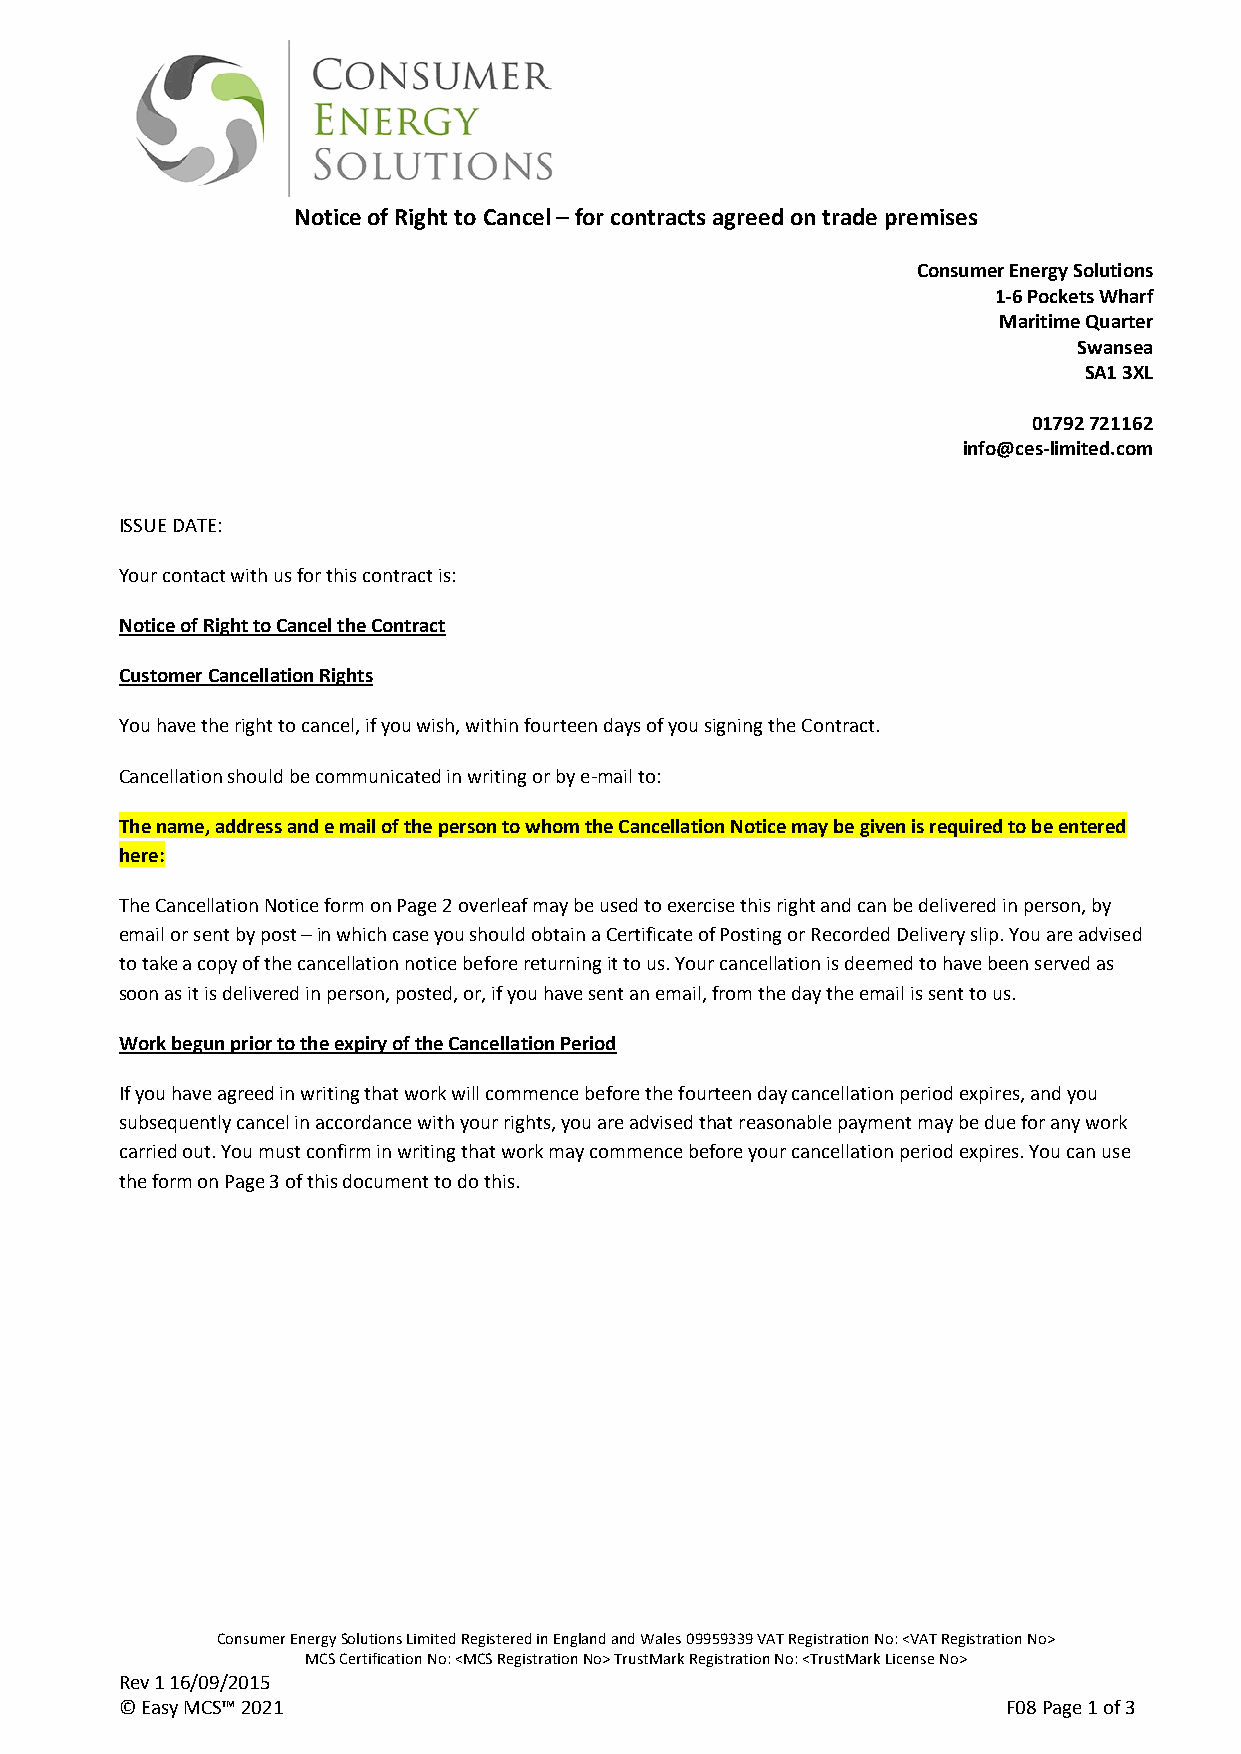
Notice of Right to Cancel – for contracts agreed on trade premises
 Consumer Energy Solutions
 1-6 Pockets Wharf
 Maritime Quarter
 Swansea
 SA1 3XL
 01792 721162
 info@ces-limited.com
 ISSUE DATE:
 Your contact with us for this contract is:
 Notice of Right to Cancel the Contract
 Customer Cancellation Rights
 You have the right to cancel, if you wish, within fourteen days of you signing the Contract.
 Cancellation should be communicated in writing or by e-mail to:
 The name, address and e mail of the person to whom the Cancellation Notice may be given is required to be entered
 here:
 The Cancellation Notice form on Page 2 overleaf may be used to exercise this right and can be delivered in person, by
 email or sent by post – in which case you should obtain a Certificate of Posting or Recorded Delivery slip. You are advised
 to take a copy of the cancellation notice before returning it to us. Your cancellation is deemed to have been served as
 soon as it is delivered in person, posted, or, if you have sent an email, from the day the email is sent to us.
 Work begun prior to the expiry of the Cancellation Period
 If you have agreed in writing that work will commence before the fourteen day cancellation period expires, and you
 subsequently cancel in accordance with your rights, you are advised that reasonable payment may be due for any work
 carried out. You must confirm in writing that work may commence before your cancellation period expires. You can use
 the form on Page 3 of this document to do this.
 Consumer Energy Solutions Limited Registered in England and Wales 09959339 VAT Registration No: <VAT Registration No>
 MCS Certification No: <MCS Registration No> TrustMark Registration No: <TrustMark License No>
 Rev 1 16/09/2015
 © Easy MCS™ 2021                                           F08 Page 1 of 3